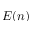
E ( n )